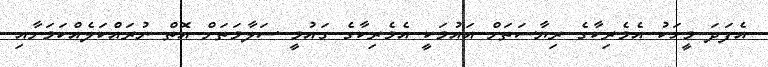
އެފަދަ މީހަކު އެމެރިކާގެ ރިޔާސަތަށް އައުމަކީ އެމެރިކާގެ ގައުމީ ސަލާމަތަށް އޮތް ނުރައްކަލެއްކަމަށާއި